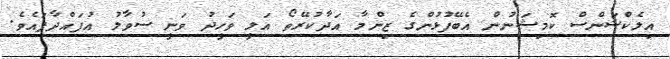
އިލެކްޝަންސް ކޮމިޝަނުން އެބޭފުޅުންގެ ޒިންމާ އަދާކުރޭތޯ އަލީ ވަހީދު ވަނީ ސުވާލު އުފައްދާފައެވެ.